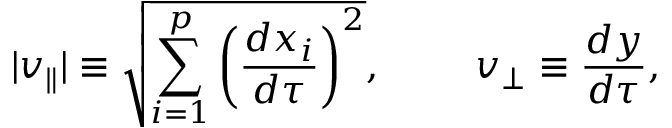
| v _ { \parallel } | \equiv \sqrt { \sum _ { i = 1 } ^ { p } \left( { \frac { d x _ { i } } { d \tau } } \right) ^ { 2 } } , \ \ \ \ \ \ \ v _ { \perp } \equiv { \frac { d y } { d \tau } } ,